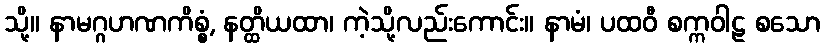
သို့။ နာမဂ္ဂဟဏကိစ္စံ, နတ္ထိယထာ၊ ကဲ့သို့လည်းကောင်း။ နာမံ၊ ပထဝီ စက္ကဝါဠ စသော